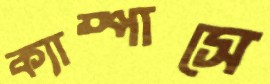
ক্যাম্পাসে